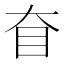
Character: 𰥎